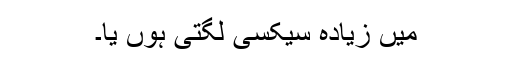
میں زیادہ سیکسی لگتی ہوں یا۔